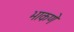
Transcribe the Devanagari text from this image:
भाकणे